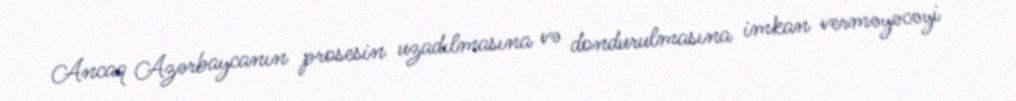
Ancaq Azərbaycanın prosesin uzadılmasına və dondurulmasına imkan verməyəcəyi